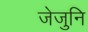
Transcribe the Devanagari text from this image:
जेजुनि